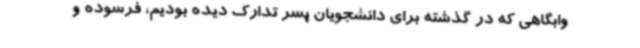
وابگاهی که در گذشته برای دانشجویان پسر تدارک دیده بودیم، فرسوده و